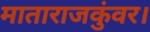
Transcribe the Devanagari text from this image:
माताराजकुंवर।